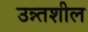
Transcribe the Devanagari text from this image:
उन्न्तशील